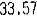
33.57